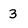
Character: 3